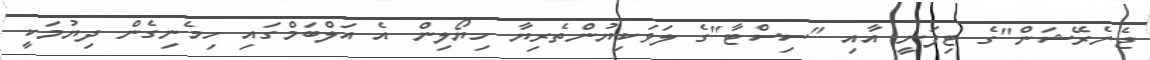
ޖެނެރޭޝަން"ގެ ޓިފަނީ އާއި "ސިސްޓާ"ގެ ލަވަކިޔުންތެރިޔާ ހިޔޯލިން އެ އަލްބަމްގައި ހިމެނިގެން ދިޔުމަކީ